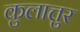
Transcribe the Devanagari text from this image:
कुलात्तुर